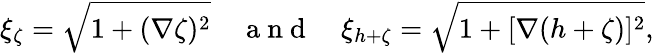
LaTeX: \xi_{\zeta}=\sqrt{1+(\nabla\zeta)^{2}}\quad\mathrm{~a~n~d~}\quad\xi_{h+\zeta}=\sqrt{1+[\nabla(h+\zeta)]^{2}},